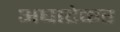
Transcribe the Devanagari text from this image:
अघाटेकर